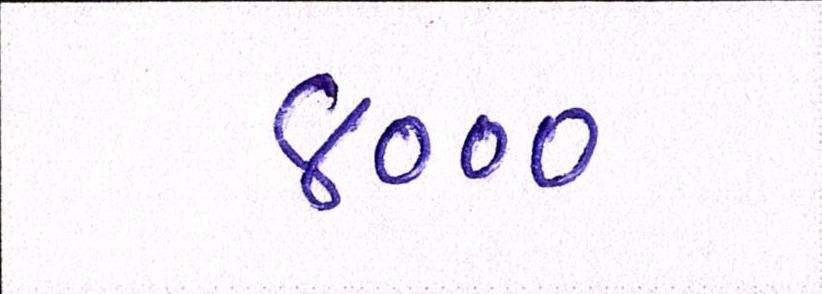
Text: ૪૦૦૦